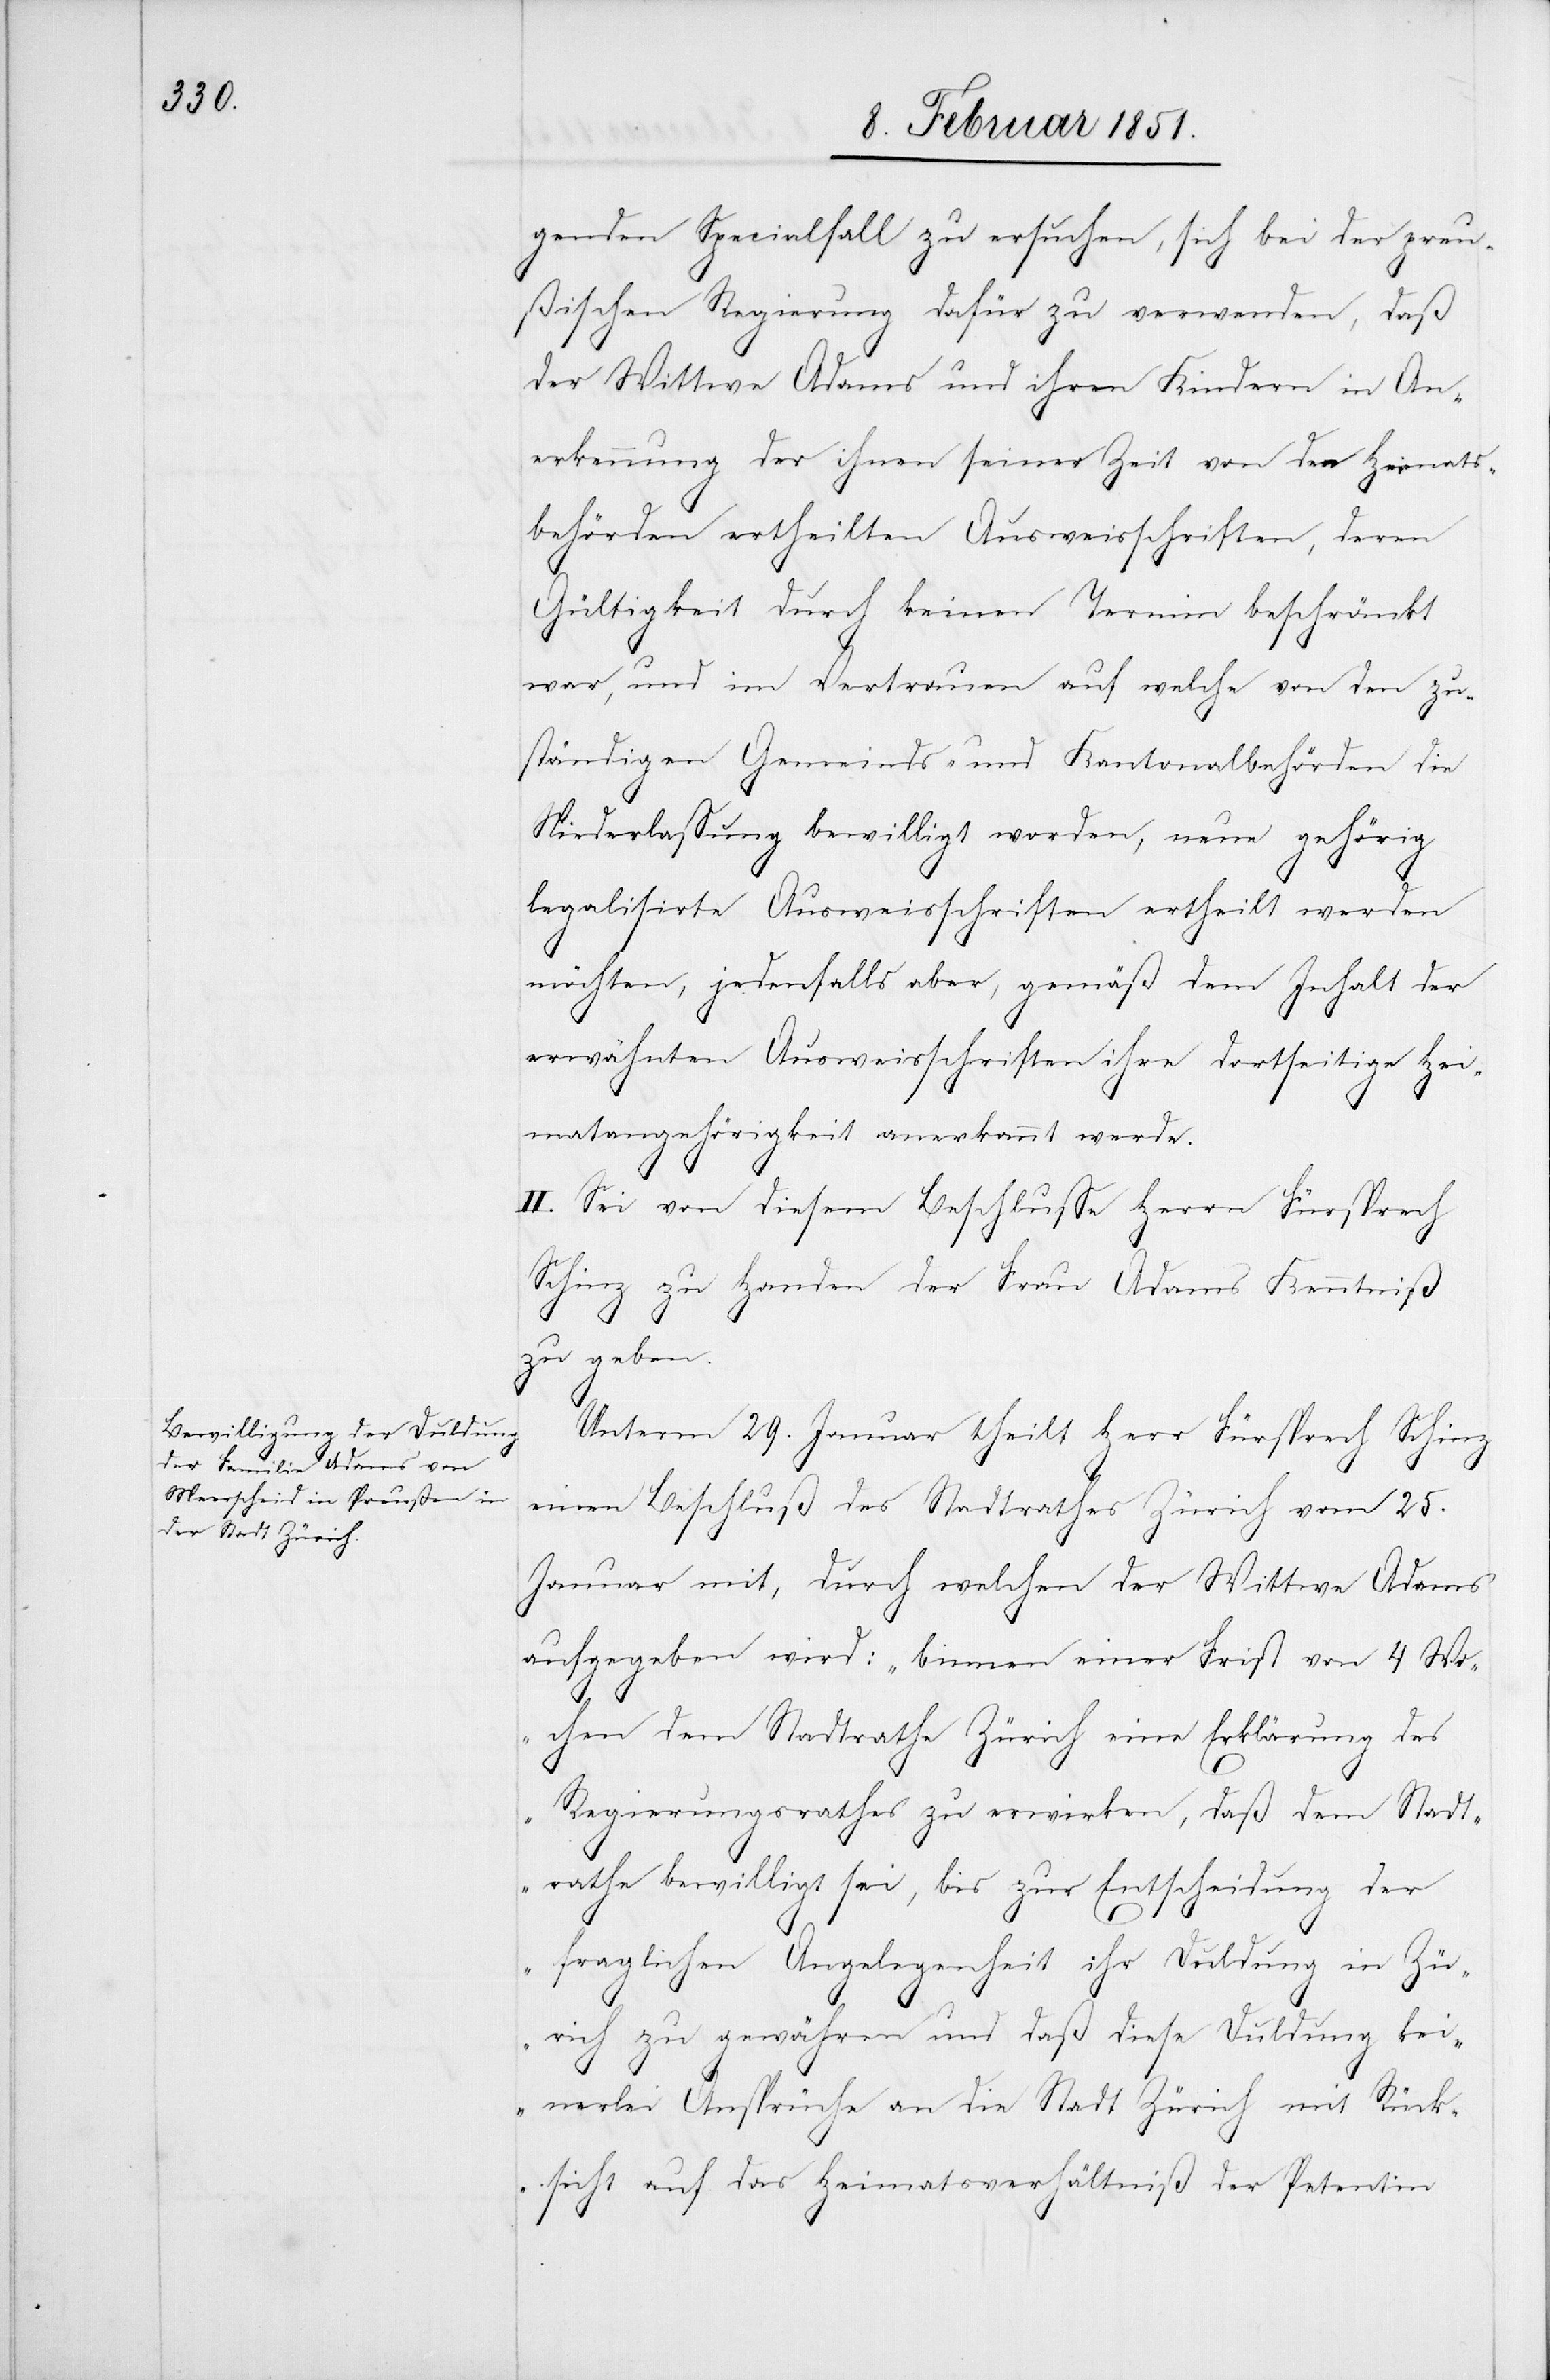
genden Specialfall zu ersuchen, sich bei der preu¬
ßischen Regierung dafür zu verwenden, daß
der Wittwe Adams und ihren Kindern in An¬
erkennung der ihnen seiner Zeit von den Heimats¬
behörden ertheilten Ausweisschriften, deren
Gültigkeit durch keinen Termin beschränkt
war, und im Vertrauen auf welche von den zu¬
ständigen Gemeinds- und Kantonalbehörden die
Niederlassung bewilligt worden, neue gehörig
legalisirte Ausweisschriften ertheilt werden
möchten, jedenfalls aber, gemäß dem Inhalt der
erwähnten Ausweisschriften ihre dortseitige Hei¬
matangehörigkeit anerkannt werde.
II. Sei von diesem Beschlusse Herrn Fürsprech
Schinz zu Handen der Frau Adams Kenntniß
zu geben.
Unterm 29. Januar theilt Herr Fürsprech Schin¬
z
einen Beschluß des Stadtrathes Zürich vom 25.
Januar mit, durch welchen der Wittwe Adams
aufgegeben wird: „binnen einer Frist von 4 Wo¬
chen dem Stadtrathe Zürich eine Erklärung des
Regierungsrathes zu erwirken, daß dem Stadt¬
rathe bewilligt sei, bis zur Entscheidung der
fraglichen Angelegenheit ihr Duldung in Zü¬
rich zu gewähren und daß diese Duldung kei¬
nerlei Ansprüche an die Stadt Zürich mit Rück¬
sicht auf das Heimatsverhältniß der Petentin